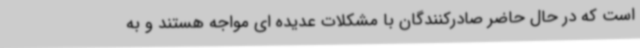
است که در حال حاضر صادرکنندگان با مشکلات عدیده ای مواجه هستند و به